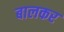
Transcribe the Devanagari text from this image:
बालकर